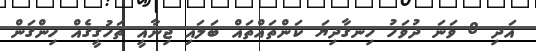
އަދި 8 ވަނަ ދުވަހު ހިނގާދިޔަ ކަންތައްތައް ބަލައި ޖިނާއީ ތަހުގީގެއް ހިންގަން